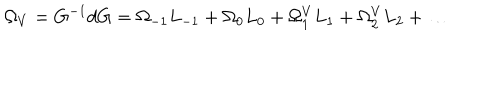
\Omega _ { V } = G ^ { - 1 } d G = \Omega _ { - 1 } L _ { - 1 } + \Omega _ { 0 } L _ { 0 } + \Omega _ { 1 } ^ { V } L _ { 1 } + \Omega _ { 2 } ^ { V } L _ { 2 } + \ldots